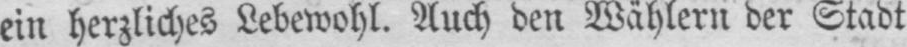
ein herzliches Lebewohl. Auch den Wählern der Stadt